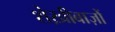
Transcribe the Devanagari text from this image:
शेख़ीबाज़ों